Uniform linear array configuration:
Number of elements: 48
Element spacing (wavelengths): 0.5
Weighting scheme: hamming
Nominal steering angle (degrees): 45
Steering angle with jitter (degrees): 43.315
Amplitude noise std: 0.05
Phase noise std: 0.05

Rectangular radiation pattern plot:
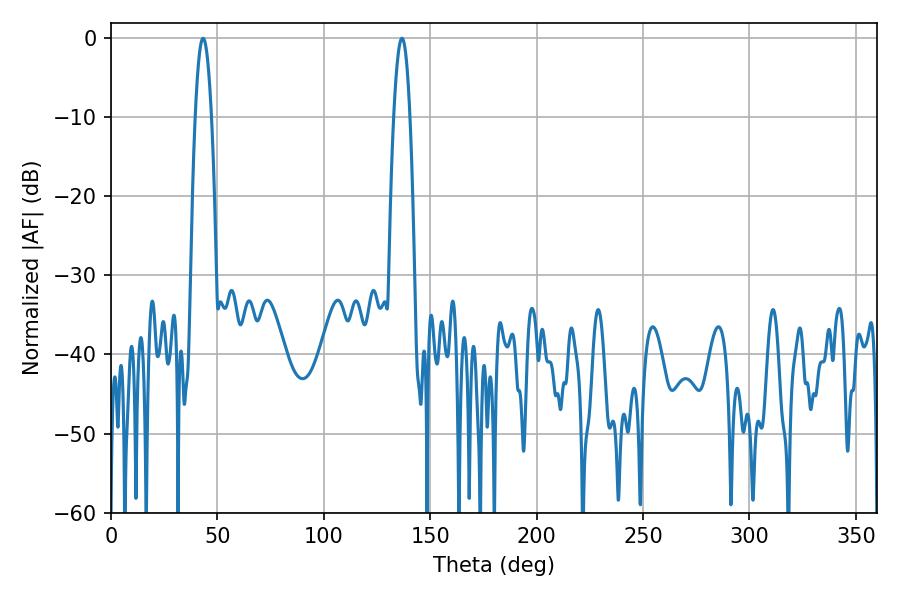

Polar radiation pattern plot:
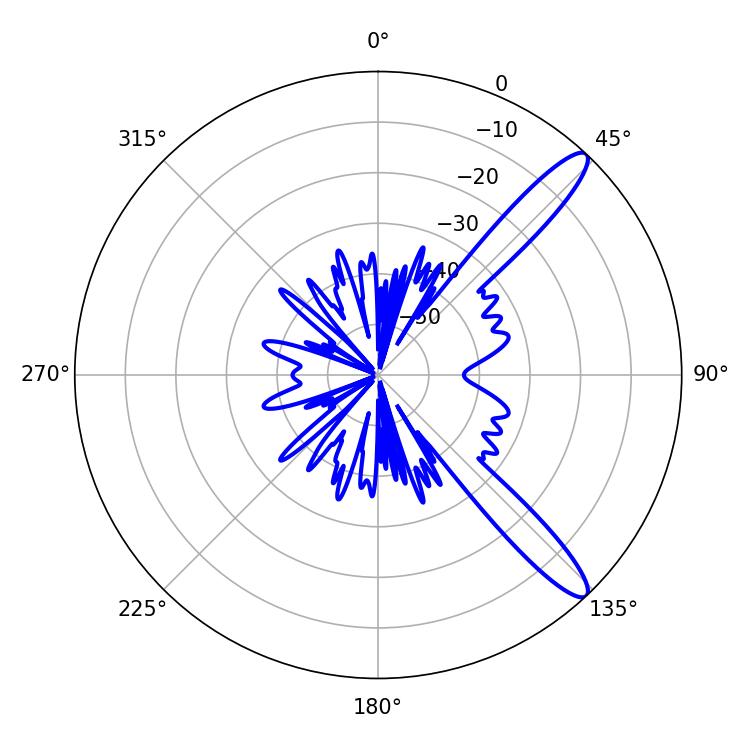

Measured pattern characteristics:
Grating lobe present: FALSE
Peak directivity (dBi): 12.623
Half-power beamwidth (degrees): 4.14
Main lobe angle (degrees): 43.2